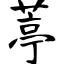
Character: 葶